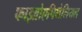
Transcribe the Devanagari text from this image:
फाइब्रोएपिथेलियल